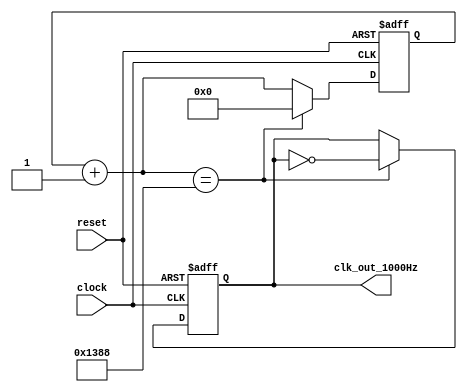
// Connor Humiston
// ECEN2350
// University of Colorado, Boulder
// Project 2

//1000Hz clock divider
module Clock_Divider1000(clock, reset, clk_out_1000Hz);
	input clock, reset;
	output clk_out_1000Hz;
	
	parameter WIDTH = 24; // Width of the register required
	parameter N = 5_000; //divides 10Mhz by 10,000
 
	reg [WIDTH-1:0] r_reg;
	wire [WIDTH-1:0] r_nxt;
	reg clk_track;
 
	always @(posedge clock or posedge reset)
	begin
		if (reset)
		begin
			r_reg <= 0;
			clk_track <= 1'b0;
		end
	  
		else if (r_nxt == N)
 	   begin
			r_reg <= 0;
			clk_track <= ~clk_track;
	   end
		
		else 
			r_reg <= r_nxt;
	end

	assign r_nxt = r_reg + 1;   	      
	assign clk_out_1000Hz = clk_track;
endmodule


//1Hz clock divider
module Clock_Divider1(clock, reset, clk_out_1Hz);
	input clock, reset;
	output clk_out_1Hz;
	
	parameter WIDTH = 24; // Width of the register required
	parameter N = 5_000_000; //divides 10Mhz by 10,000,000
 
	reg [WIDTH-1:0] r_reg;
	wire [WIDTH-1:0] r_nxt;
	reg clk_track;
 
	always @(posedge clock or posedge reset)
	begin
		if (reset)
		begin
			r_reg <= 0;
			clk_track <= 1'b0;
		end
	  
		else if (r_nxt == N)
 	   begin
			r_reg <= 0;
			clk_track <= ~clk_track;
	   end
		
		else 
			r_reg <= r_nxt;
	end

	assign r_nxt = r_reg + 1;   	      
	assign clk_out_1Hz = clk_track;
endmodule